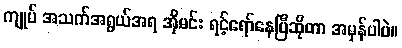
ကျုပ် အသက်အရွယ်အရ အိုမင်း ရင့်ရော်နေပြီဆိုတာ အမှန်ပါပဲ။